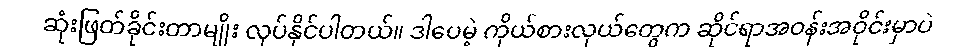
ဆုံးဖြတ်ခိုင်းတာမျိုး လုပ်နိုင်ပါတယ်။ ဒါပေမဲ့ ကိုယ်စားလှယ်တွေက ဆိုင်ရာအဝန်းအဝိုင်းမှာပဲ